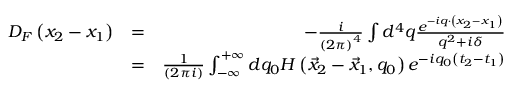
\begin{array} { r l r } { D _ { F } \left( x _ { 2 } - x _ { 1 } \right) } & { = } & { - \frac { i } { \left( 2 \pi \right) ^ { 4 } } \int d ^ { 4 } q \frac { e ^ { - i q \cdot \left( x _ { 2 } - x _ { 1 } \right) } } { q ^ { 2 } + i \delta } } \\ & { = } & { \frac { 1 } { \left( 2 \pi i \right) } \int _ { - \infty } ^ { + \infty } d q _ { 0 } H \left( \vec { x } _ { 2 } - \vec { x } _ { 1 } , q _ { 0 } \right) e ^ { - i q _ { 0 } \left( t _ { 2 } - t _ { 1 } \right) } } \end{array}